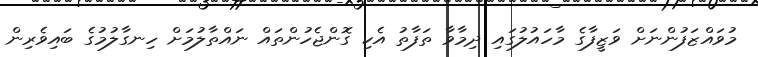
މުވައްޒަފުންނަށް ވަޒީފާގެ މާހައުލުގައި ދިމާވާ ތަފާތު އެކި ގޮންޖެހުންތައް ނައްތާލުމަށް ހިނގާލުމުގެ ބައިވެރިން